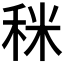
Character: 𥞪